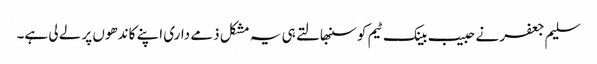
سلیم جعفر نے حبیب بینک ٹیم کو سنبھالتے ہی یہ مشکل ذمے داری اپنے کاندھوں پر لے لی ہے۔